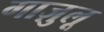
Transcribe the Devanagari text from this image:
गाज़ुलू